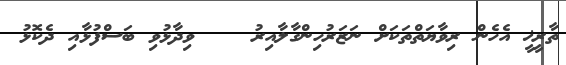
ތާރީޚީ އެހެން ރިވާޔަތްތަކަށް ނަޒަރުހިންގާލާއިރު    ވިދާޅުވި ބަސްފުޅާއި ދެކޮޅު